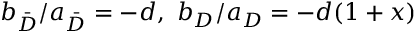
b _ { \bar { D } } / a _ { \bar { D } } = - d , \mathrm { ~ } b _ { D } / a _ { D } = - d ( 1 + x )